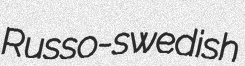
Russo-swedish